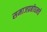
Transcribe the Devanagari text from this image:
समाजप्रबोधनचे